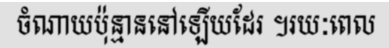
ចំណាយប៉ុន្មាននៅឡើយដែរ ។រយៈពេល